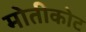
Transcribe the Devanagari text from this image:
मोतीकोट